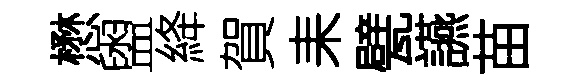
懋盥絳賀耒甓讌苗